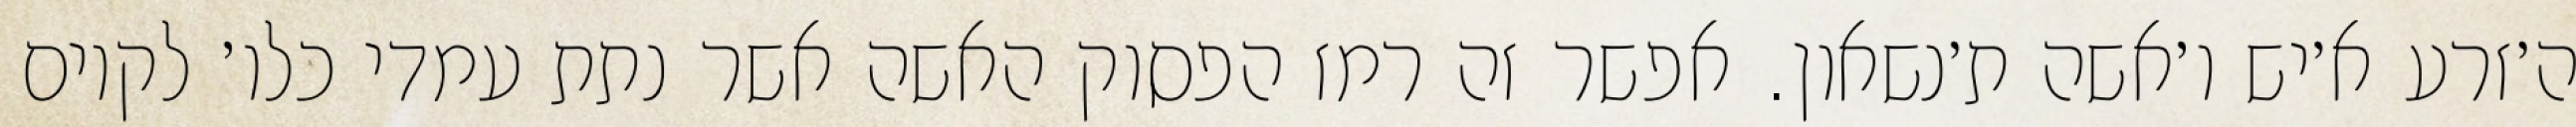
ה׳זרע א׳יש ו׳אשה ת׳נשאון. אפשר זה רמז הפסוק האשה אשר נתת עמדי כלו׳ לקיום